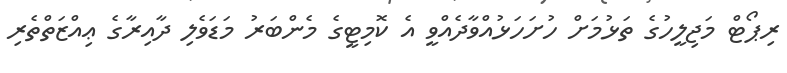
ރިޕޯޓް މަޖިލީހުގެ ތަޅުމަށް ހުށަހަޅުއްވާދެއްވީ އެ ކޮމިޓީގެ މެންބަރު މަޑަވެލި ދާއިރާގެ ޢިއްޒަތްތެރި